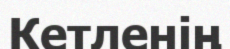
Кетленің